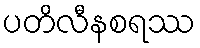
ပတိလီနစရဿ